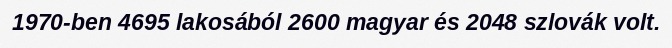
1970-ben 4695 lakosából 2600 magyar és 2048 szlovák volt.